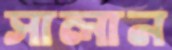
সালান